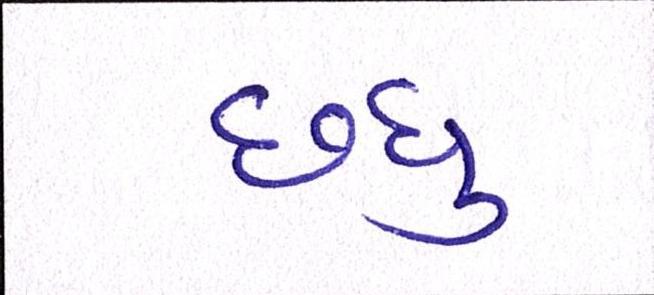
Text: છધુ